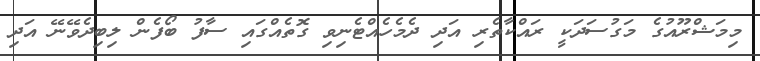
މިމަޝްރޫއުގެ މަގުސަދަކީ ރައްކާތެރި އަދި ދެމެހެއްޓެނިވި ގޮތެއްގައި ސާފު ބޯފެން ލިބިދެވޭނޭ އަދި